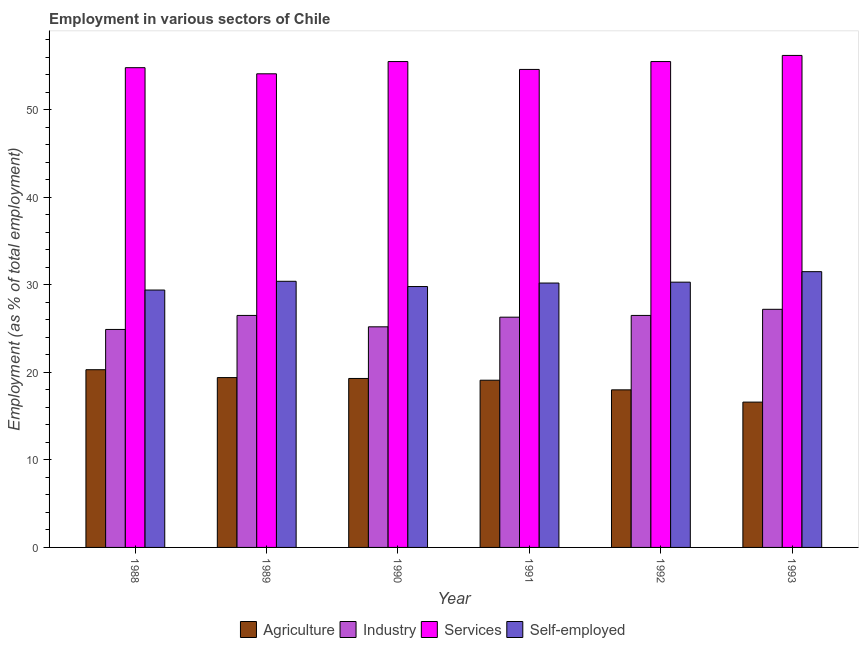
| Year | Agriculture | Industry | Services | Self-employed |
 | --- | --- | --- | --- | --- |
 | 1988 | 20.3 | 24.9 | 54.8 | 29.4 |
 | 1989 | 19.4 | 26.5 | 54.1 | 30.4 |
 | 1990 | 19.3 | 25.2 | 55.5 | 29.8 |
 | 1991 | 19.1 | 26.3 | 54.6 | 30.2 |
 | 1992 | 18 | 26.5 | 55.5 | 30.3 |
 | 1993 | 16.6 | 27.2 | 56.2 | 31.5 |